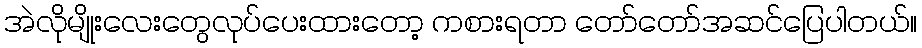
အဲလိုမျိုးလေးတွေလုပ်ပေးထားတော့ ကစားရတာ တော်တော်အဆင်ပြေပါတယ်။